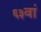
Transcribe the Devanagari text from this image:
६३वां